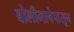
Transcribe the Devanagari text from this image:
बोलीभाषेपासून